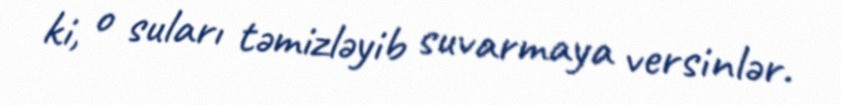
ki, o suları təmizləyib suvarmaya versinlər.